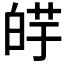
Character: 𰱕